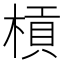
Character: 槓